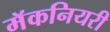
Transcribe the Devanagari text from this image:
मॅकनियरी